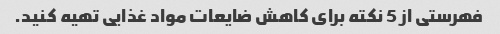
فهرستی از 5 نکته برای کاهش ضایعات مواد غذایی تهیه کنید.